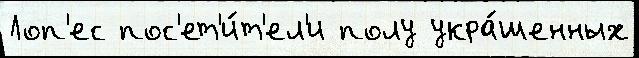
Лоп'ес пос'ет'и́т'ел'и полу укра́шенных